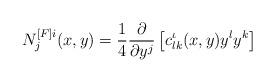
LaTeX: \begin{align*}N_{j}^{[F]i}(x,y)=\frac{1}{4}\frac{\partial }{\partial y^{j}}\left[c_{lk}^{\iota }(x,y)y^{l}y^{k}\right] \end{align*}